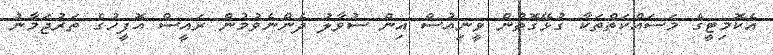
އެކޮމިޓީގެ މަސައްކަތްތަކާ ގުޅޭގޮތުން ވީނިއުސް އިން ސުވާލު ދެންނެވުމުން ރައީސް އޮފީހުގެ ތަރުޖަމާނު